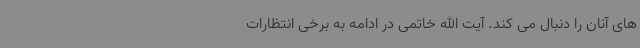
های آنان را دنبال می کند. آیت الله خاتمی در ادامه به برخی انتظارات